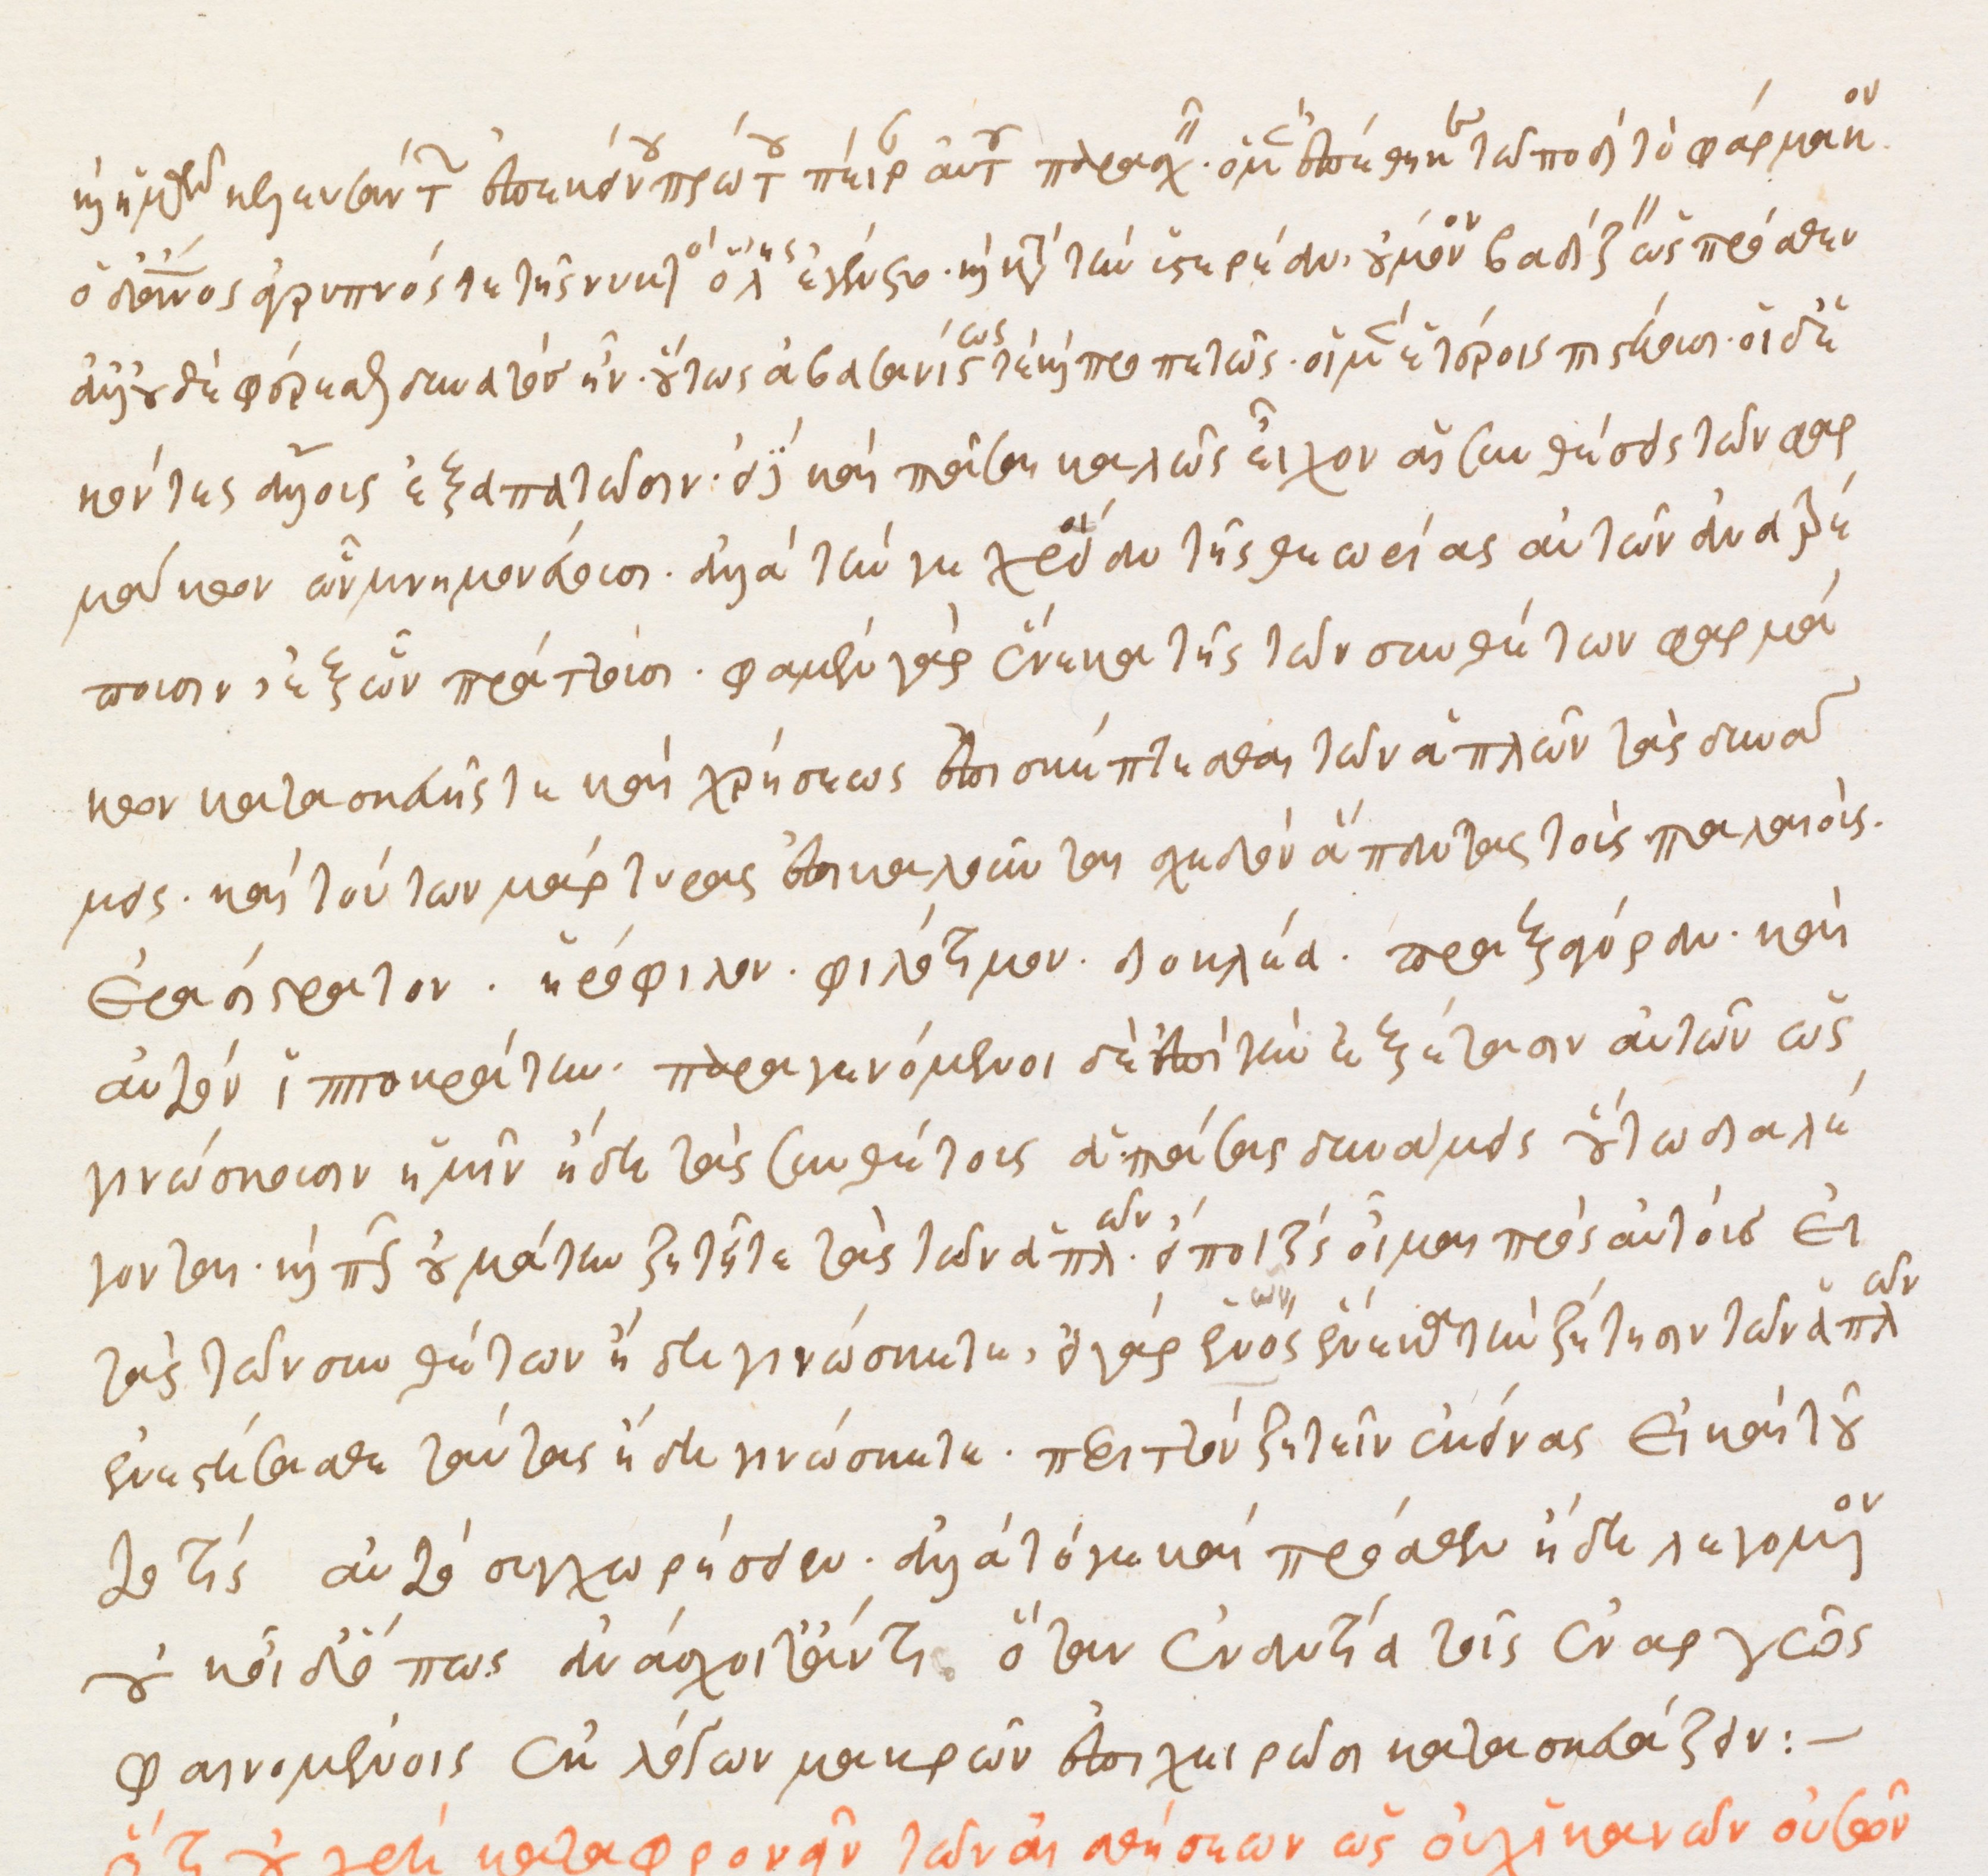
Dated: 1500–1599